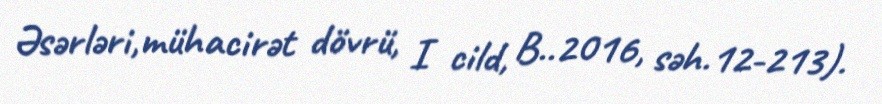
Əsərləri,mühacirət dövrü, I cild, B..2016, səh.12-213).